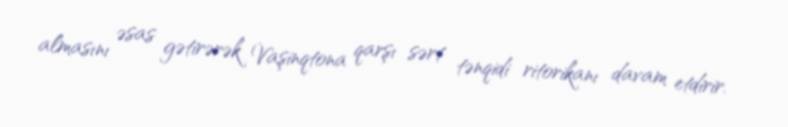
almasını əsas gətirərək Vaşinqtona qarşı sərt tənqidi ritorikanı davam etdirir.